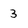
Character: 3